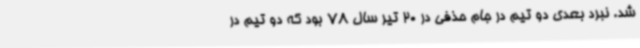
شد. نبرد بعدی دو تیم در جام حذفی در 20 تیر سال 78 بود که دو تیم در